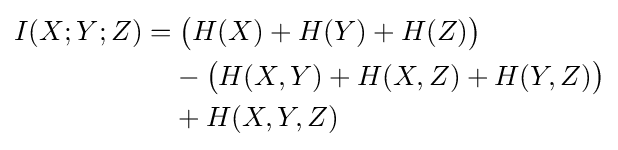
{\begin{alignedat}{3}I(X;Y;Z)&=&&\;{\bigl (}H(X)+H(Y)+H(Z){\bigr )}\\&&&-{\bigl (}H(X,Y)+H(X,Z)+H(Y,Z){\bigr )}\\&&&+H(X,Y,Z)\end{alignedat}}